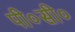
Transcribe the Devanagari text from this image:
पी०सी०